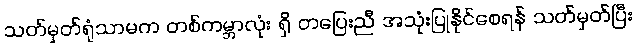
သတ်မှတ်ရုံသာမက တစ်ကမ္ဘာလုံး ရှိ တပြေးညီ အသုံးပြုနိုင်စေရန် သတ်မှတ်ပြီး